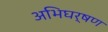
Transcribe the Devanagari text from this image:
अभिघर्षण